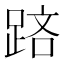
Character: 𨁮